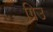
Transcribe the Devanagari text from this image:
ग्रिउ